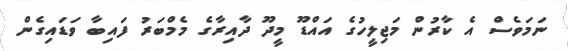
ނަމަވެސް އެ ކާރުން މަޖިލީހުގެ އައްޑޫ މީދޫ ދާއިރާގެ މެމްބަރު ފައިބާ ވަޑައިގެން